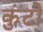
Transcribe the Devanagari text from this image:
कुंटो